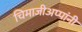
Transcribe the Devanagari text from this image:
चिमाजीअप्पांनी